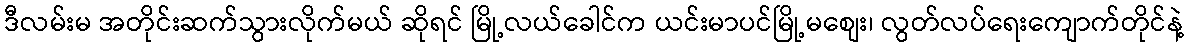
ဒီလမ်းမ အတိုင်းဆက်သွားလိုက်မယ် ဆိုရင် မြို့လယ်ခေါင်က ယင်းမာပင်မြို့မစျေး၊ လွတ်လပ်ရေးကျောက်တိုင်နဲ့